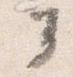
ノ